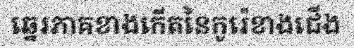
ឆ្នេរភាគខាងកើតនៃកូរ៉េខាងជើង